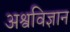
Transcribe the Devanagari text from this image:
अश्वविज्ञान